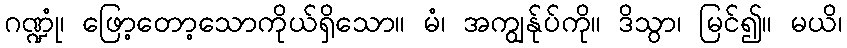
ဂဏ္ဍုံ၊ ဖြော့တော့သောကိုယ်ရှိသော။ မံ၊ အကျွန်ုပ်ကို။ ဒိသွာ၊ မြင်၍။ မယိ၊